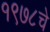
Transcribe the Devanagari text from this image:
१९७८चे